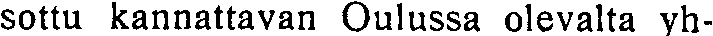
sottu kannattavan Oulussa olevalta yh-